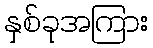
နှစ်ခုအကြား